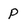
Character: p